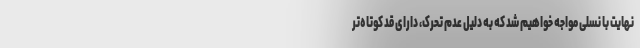
نهایت با نسلی مواجه خواهیم شد که به دلیل عدم تحرک، دارای قد کوتاه‌تر